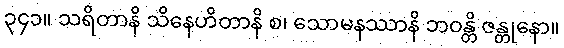
၃၄၁။ သရိတာနိ သိနေဟိတာနိ စ၊ သောမနဿာနိ ဘဝန္တိ ဇန္တုနော။